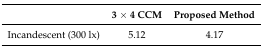
|  | 3 × 4 CCM | Proposed Method |
 | --- | --- | --- |
 | Incandescent (300 lx) | 5.12 | 4.17 |